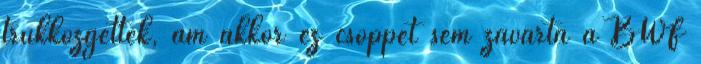
trükközgettek, ám akkor ez csöppet sem zavarta a BWF